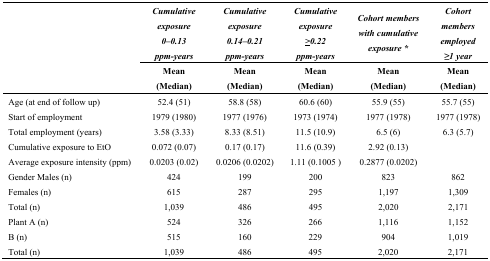
<table><thead><tr><td rowspan="3"></td><td><b><i>Cumulative exposure 0–0.13 ppm-years</i></b></td><td><b><i>Cumulative exposure 0.14–0.21 ppm-years</i></b></td><td><b><i>Cumulative exposure ≥0.22 ppm-years</i></b></td><td><b><i>Cohort members with cumulative exposure *</i></b></td><td><b><i>Cohort members employed ≥1 year</i></b></td></tr><tr><td><b>Mean (Median)</b></td><td><b>Mean (Median)</b></td><td><b>Mean (Median)</b></td><td><b>Mean (Median)</b></td><td><b>Mean (Median)</b></td></tr></thead><tbody><tr><td>Age (at end of follow up)</td><td>52.4 (51)</td><td>58.8 (58)</td><td>60.6 (60)</td><td>55.9 (55)</td><td>55.7 (55)</td></tr><tr><td>Start of employment</td><td>1979 (1980)</td><td>1977 (1976)</td><td>1973 (1974)</td><td>1977 (1978)</td><td>1977 (1978)</td></tr><tr><td>Total employment (years)</td><td>3.58 (3.33)</td><td>8.33 (8.51)</td><td>11.5 (10.9)</td><td>6.5 (6)</td><td>6.3 (5.7)</td></tr><tr><td>Cumulative exposure to EtO</td><td>0.072 (0.07)</td><td>0.17 (0.17)</td><td>11.6 (0.39)</td><td>2.92 (0.13)</td><td></td></tr><tr><td>Average exposure intensity (ppm)</td><td>0.0203 (0.02)</td><td>0.0206 (0.0202)</td><td>1.11 (0.1005)</td><td>0.2877 (0.0202)</td><td></td></tr><tr><td>Gender Males (n)</td><td>424</td><td>199</td><td>200</td><td>823</td><td>862</td></tr><tr><td>Females (n)</td><td>615</td><td>287</td><td>295</td><td>1,197</td><td>1,309</td></tr><tr><td>Total (n)</td><td>1,039</td><td>486</td><td>495</td><td>2,020</td><td>2,171</td></tr><tr><td>Plant A (n)</td><td>524</td><td>326</td><td>266</td><td>1,116</td><td>1,152</td></tr><tr><td>B (n)</td><td>515</td><td>160</td><td>229</td><td>904</td><td>1,019</td></tr><tr><td>Total (n)</td><td>1,039</td><td>486</td><td>495</td><td>2,020</td><td>2,171</td></tr></tbody></table>